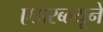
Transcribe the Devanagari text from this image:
एअरब्ल्यूने